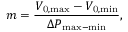
m = \frac { V _ { \mathrm { 0 , m a x } } - V _ { \mathrm { 0 , m i n } } } { \Delta P _ { \mathrm { m a x - m i n } } } ,